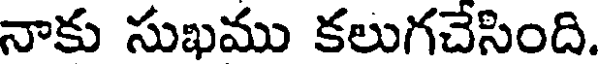
నాకు సుఖము కలుగచేసింది.